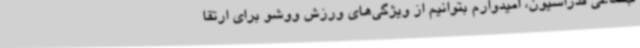
جتماعی فدراسیون، امیدوارم بتوانیم از ویژگی‌های ورزش ووشو برای ارتقا